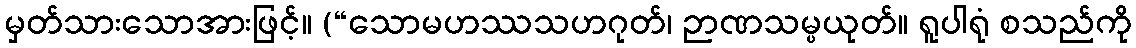
မှတ်သားသောအားဖြင့်။ (“သောမဟဿသဟဂုတ်၊ ဉာဏသမ္ပယုတ်။ ရူပါရုံ စသည်ကို